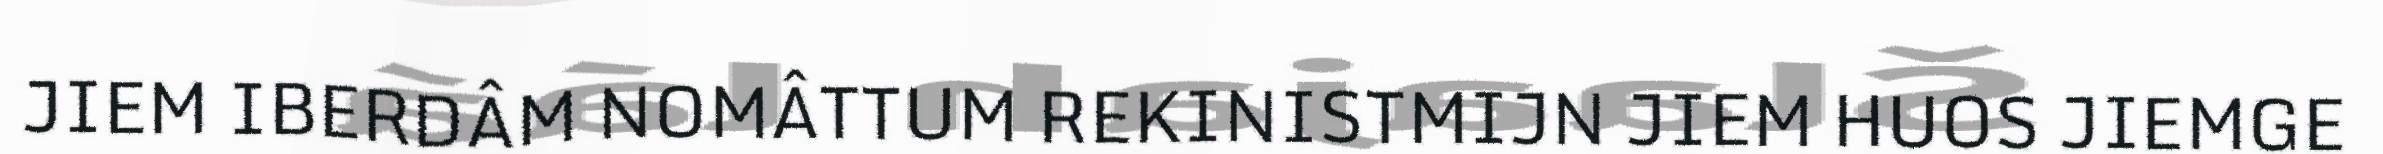
JIEM IBERDÂM NOMÂTTUM REKINISTMIJN JIEM HUOS JIEMGE